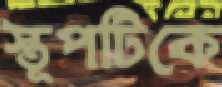
স্তূপটিকে